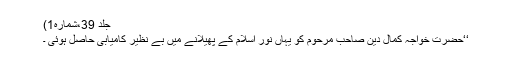
جلد 39،شمارہ1)
‘‘حضرت خواجہ کمال دین صاحب مرحوم کو یہاں نور اسلام کے پھیلانے میں بے نظیر کامیابی حاصل ہوئی ۔